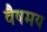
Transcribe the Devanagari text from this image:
वैषमय